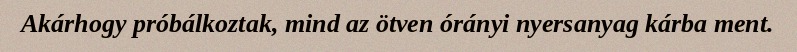
Akárhogy próbálkoztak, mind az ötven órányi nyersanyag kárba ment.